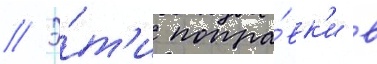
// Э́т'и попра́вк'и в